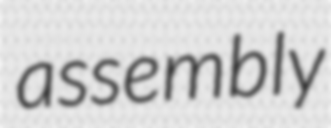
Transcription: assembly